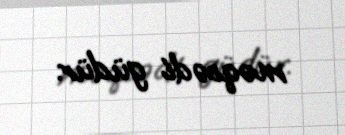
məqsədi güdür.